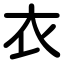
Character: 衣